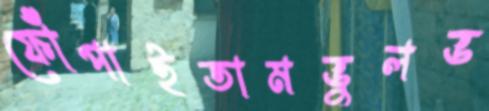
ফোঁপাইতামভুলভ